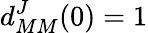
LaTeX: d_{MM}^{J}(0)=1